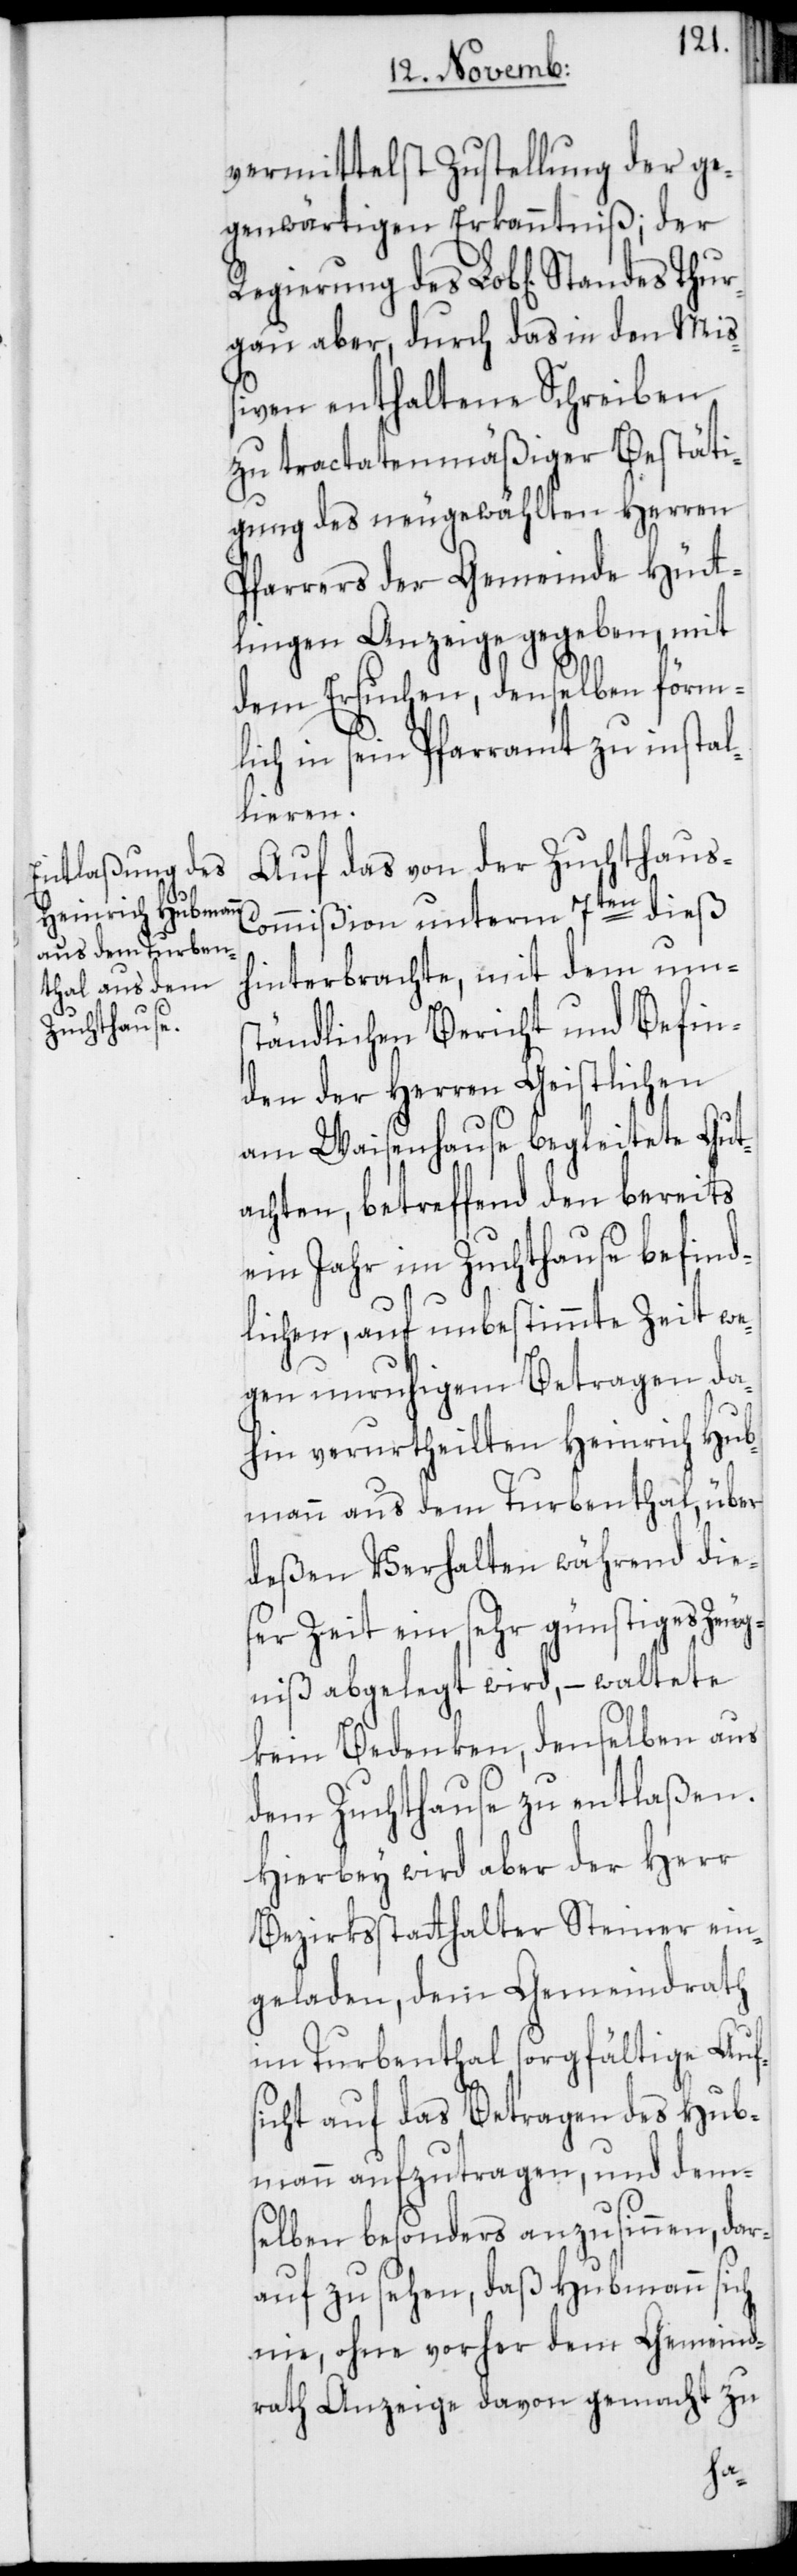
vermittelst Zustellung der ge¬
genwärtigen Erkanntniß; der
gau aber, durch das in den Miß¬
iven enthaltene Schreiben
zu tractatenmäßiger Bestäti¬
gung des neugewählten Herren
Pfarrers der Gemeinde Hütt¬
lingen Anzeige gegeben, mit
dem Ersuchen, denselben förm¬
lich in sein Pfarramt zu instal¬
lieren.
Auf das von der Zuchthaus-C¬
ommißion unterm 7ten dieß
hinterbrachte, mit dem ums¬
tändlichen Bericht und Befin¬
den der Herren Geistlichen
am Waisenhause begleitete Gut¬
achten, betreffend den bereits
ein Jahr im Zuchthause befind¬
lichen, auf unbestimmte Zeit we¬
gen unruhigem Betragen da¬
hin verurtheilten Heinrich Hub¬
mann aus dem Turbenthal, über
deßen Verhalten während die¬
ser Zeit ein sehr günstiges Zeug¬
niß abgelegt wird, – waltete
kein Bedenken, denselben aus
dem Zuchthause zu entlaßen.
Hierbey wird aber der Herr
Bezirksstatthalter Steiner ein¬
geladen, dem Gemeindrath
im Turbenthal sorgfältige Aufs¬
icht auf das Betragen des Hub¬
mann aufzutragen, und dem¬
selben besonders anzusinnen, dar¬
auf zu sehen, daß Hubmann sich
nie, ohne vorher dem Gemeind¬
rath Anzeige davon gemacht zu
Thur¬